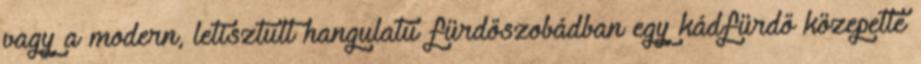
vagy a modern, letisztult hangulatú fürdőszobádban egy kádfürdő közepette